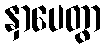
နှာပေတွာ